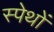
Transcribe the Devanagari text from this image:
स्पेथों